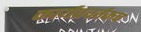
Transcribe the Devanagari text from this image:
कार्यप्रवर्तकच